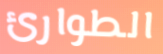
الطوارئ